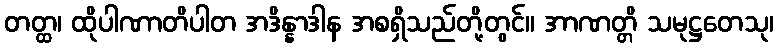
တတ္ထ၊ ထိုပါဏာတိပါတ အဒိန္နာဒါန အစရှိသည်တို့တွင်။ အာဏတ္တိ သမုဋ္ဌတေသု၊